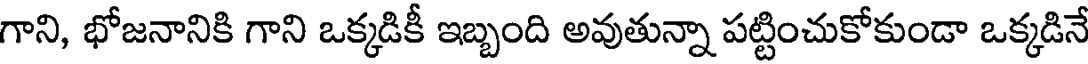
గాని, భోజనానికి గాని ఒక్కడికీ ఇబ్బంది అవుతున్నా పట్టించుకోకుండా ఒక్కడినే